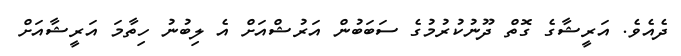
ދެއެވެ. އަރީޝާގެ ގޮތް ދޫނުކުރުމުގެ ސަބަބުން އަރުޝްއަށް އެ ލިބުނު ހިތާމަ އަރީޝާއަށް